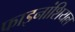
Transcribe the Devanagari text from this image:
फाइनांशियल